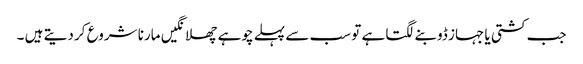
جب کشتی یا جہاز ڈوبنے لگتا ہے تو سب سے پہلے چوہے چھلانگیں مارنا شروع کر دیتے ہیں ۔